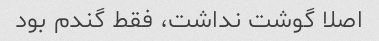
اصلا گوشت نداشت، فقط گندم بود